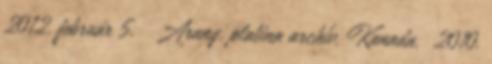
2012. február 5. ↑ Arany, platina archív, Kanada. 2010.